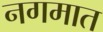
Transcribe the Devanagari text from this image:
नगमात